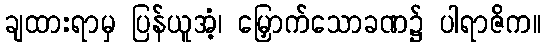
ချထားရာမှ ပြန်ယူအံ့၊ မြှောက်သောခဏ၌ ပါရာဇိက။